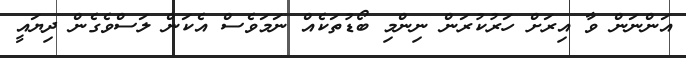
އަންނަން ވާ އިރަށް ހަރުކުރަން ނިންމި ބޯޑުތަކެއް ނަމަވެސް އެކަން ލަސްވެގެން ދިޔައީ